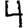
Digit: 4